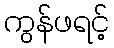
ကွန်ဖရင့်